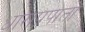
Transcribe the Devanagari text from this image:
धाराप्रपातों